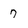
Character: 7